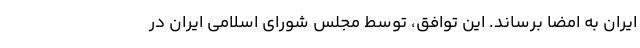
ایران به امضا برساند. این توافق، توسط مجلس شورای اسلامی ایران در